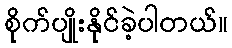
စိုက်ပျိုးနိုင်ခဲ့ပါတယ်။